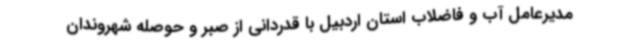
مدیرعامل آب و فاضلاب استان اردبیل با قدردانی از صبر و حوصله شهروندان